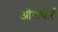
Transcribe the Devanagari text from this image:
ऑलपोर्ट